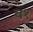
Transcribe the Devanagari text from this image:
व१